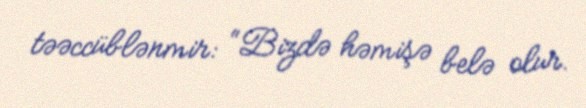
təəccüblənmir: “Bizdə həmişə belə olur.